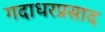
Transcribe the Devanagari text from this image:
गदाधरप्रसाद